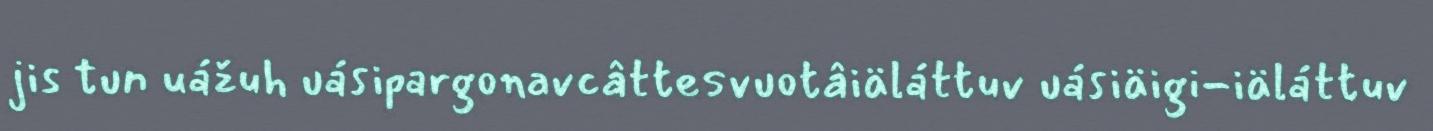
jis tun uážuh uásipargonavcâttesvuotâiäláttuv uásiäigi-iäláttuv